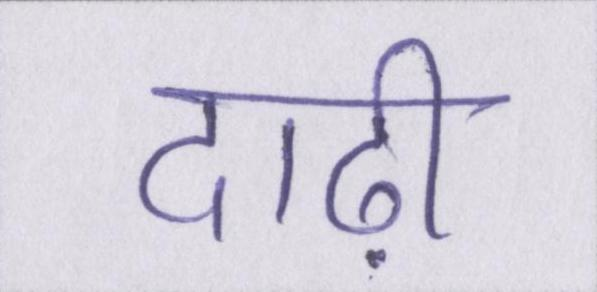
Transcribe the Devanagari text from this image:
दाढ़ी